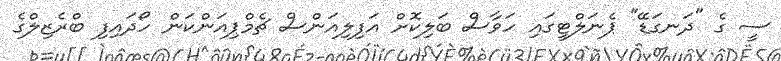
ސީ ގެ "ދަނގަޑޭ" ޕެނަލްޓީގައި ހަވާސް ބަލިކޮށް އަފިލިއަންސް ޗެމްޕިއަންކަން ހޯދައިފި ބްރެޒިލްގެ